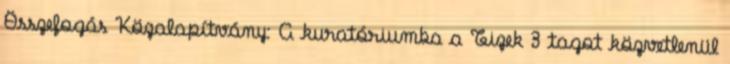
Összefogás Közalapítvány: A kuratóriumba a Tizek 3 tagot közvetlenül